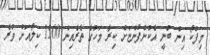
މިފްކޯ އިން ބުނީ އެކުންފުންޏަށް ކިރާ މަހުގެ ތެރެއިން 1500 ކިލޯއަށް ވުރެ